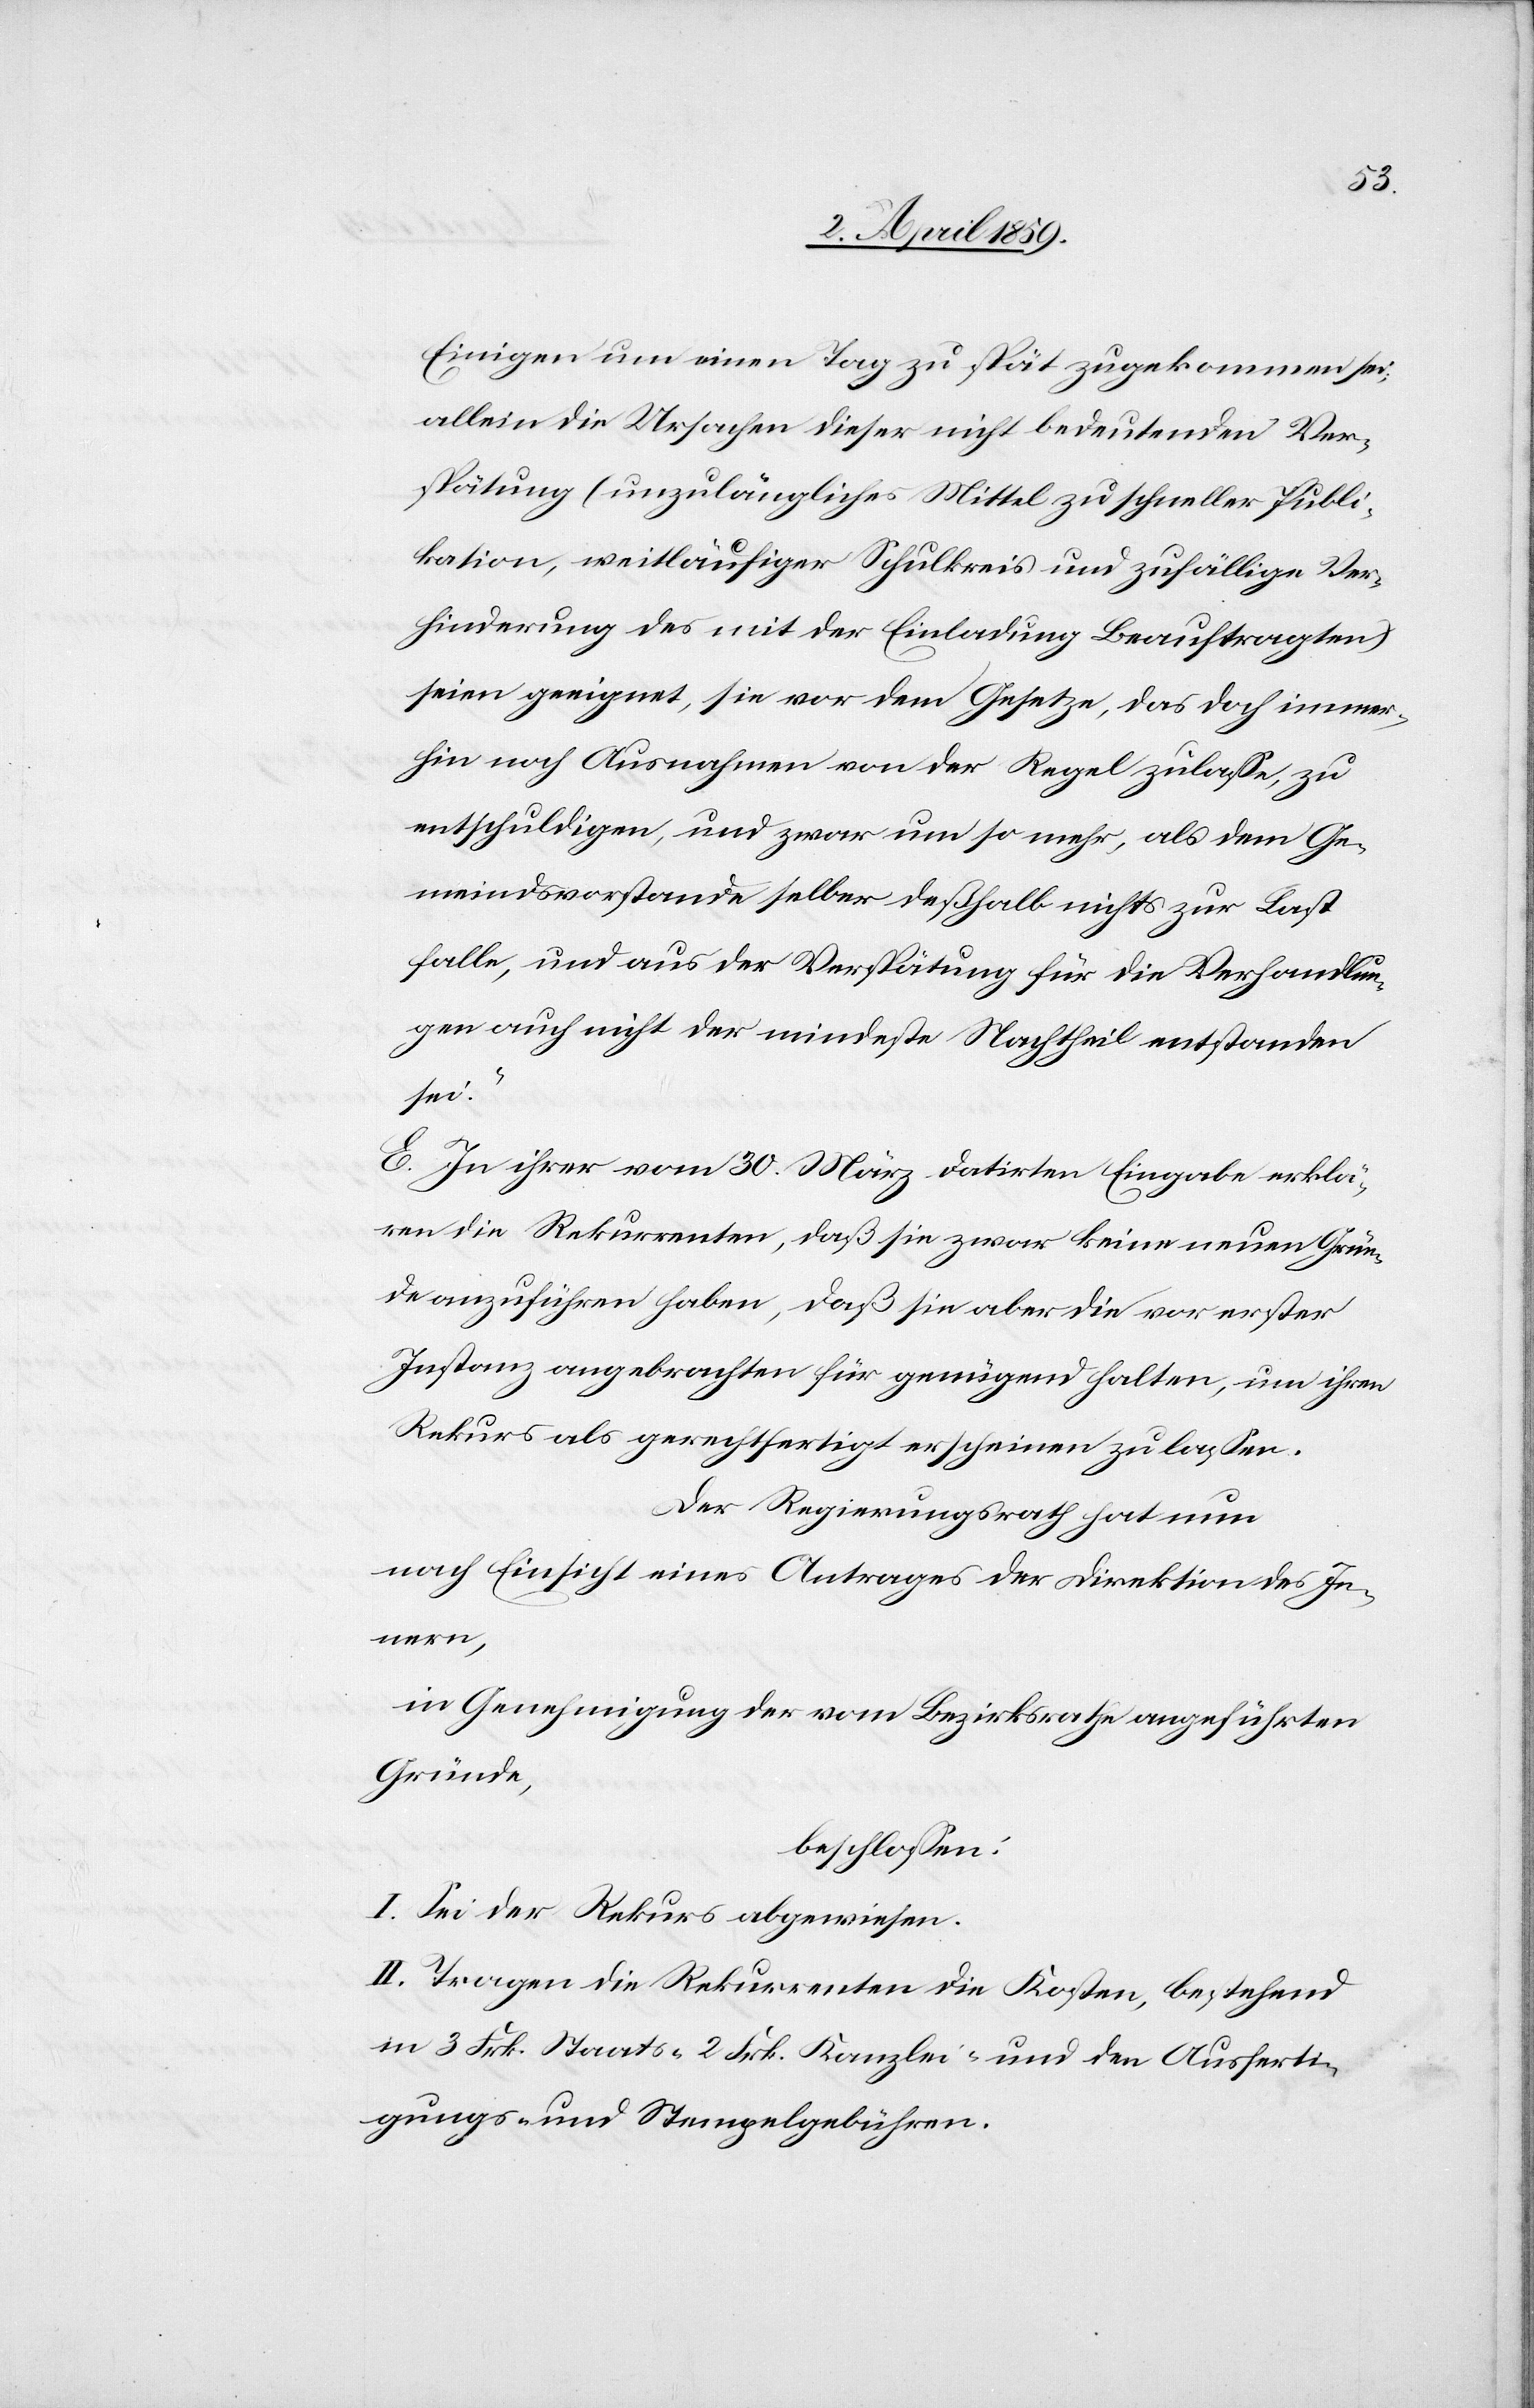
Einigen um einen Tag zu spät zugekommen sei;
allein die Ursachen dieser nicht bedeutenden Ver¬
spätung (unzulängliches Mittel zu schneller Publi¬
kation, weitläufiger Schulkreis und zufällige Ver¬
hinderung des mit der Einladung Beauftragten)
seien geeignet, sie vor dem Gesetze, das doch immer¬
hin noch Ausnahmen von der Regel zulaße, zu
entschuldigen, und zwar um so mehr, als dem Ge¬
meindsvorstande selber deßhalb nicht zur Last
falle, und aus der Verspätung für die Verhandlun¬
gen auch nicht der mindeste Nachtheil entstanden
sei.“
E. In ihrer vom 30. März datirten Eingabe erklä¬
ren die Rekurrenten, daß sie zwar keine neuen Grün¬
de anzuführen haben, daß sie aber die vor erster
Instanz angebrachten für genügend halten, um ihren
Rekurs als gerechtfertigt erscheinen zu laßen.
Der Regierungsrath hat nun
nach Einsicht eines Antrages der Direktion des In¬
nern,
in Genehmigung der vom Bezirksrathe angeführten
Gründe,
beschloßen:
I. Sei der Rekurs abgewiesen.
II. Tragen die Rekurrenten die Kosten, bestehend
in 3 Frk. Staats-[,] 2 Frk. Kanzlei- und den Ausferti¬
gungs- und Stempelgebühren.